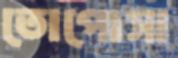
তোপোসা